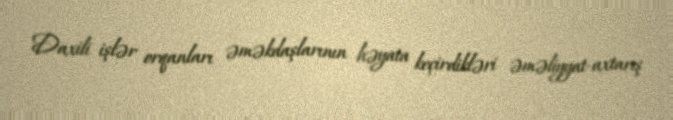
Daxili işlər orqanları əməkdaşlarının həyata keçirdikləri əməliyyat-axtarış